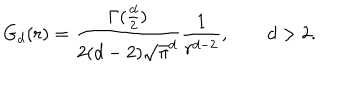
G _ { d } ( r ) = \frac { \Gamma ( \frac { d } { 2 } ) } { 2 ( d - 2 ) \sqrt { \pi } ^ { d } } \frac { 1 } { r ^ { d - 2 } } , \qquad d > 2 .